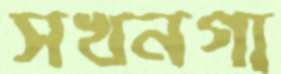
সখনগা